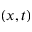
( x , t )